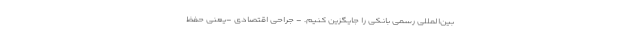
بین‌المللی رسمی بانکی را جایگزین کنیم. - جراحی اقتصادی -یعنی حفظ